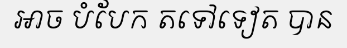
អាច បំបែក តទៅទៀត បាន